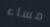
مساء